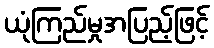
ယုံကြည်မှုအပြည့်ဖြင့်